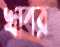
খাবর